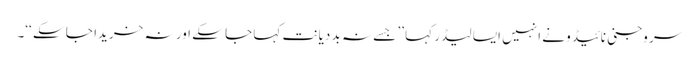
سر وجنی نائیڈو نے انہیں ایسا لیڈر کہا ’’ جسے نہ بد دیانت کہا جا سکے اور نہ خریدا جا سکے ‘‘۔